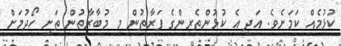
ކުޅުމެއް ކަމަށެވެ. އަދި އެ ކުޅުންތެރިންގެ ފަރާތުން މި މުބާރާތުން ތަށި ހޯދުމަށް